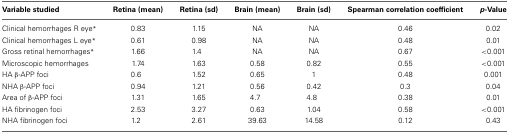
| Variable studied | Retina (mean) | Retina (sd) | Brain (mean) | Brain (sd) | Spearman correlation coefficient | p-Value |
 | --- | --- | --- | --- | --- | --- | --- |
 | Clinical hemorrhages R eye* | 0.83 | 1.15 | NA | NA | 0.46 | 0.02 |
 | Clinical hemorrhages L eye* | 0.61 | 0.98 | NA | NA | 0.48 | 0.01 |
 | Gross retinal hemorrhages* | 1.66 | 1.4 | NA | NA | 0.67 | <0.001 |
 | Microscopic hemorrhages | 1.74 | 1.63 | 0.58 | 0.82 | 0.55 | <0.001 |
 | HA β-APP foci | 0.6 | 1.52 | 0.65 | 1 | 0.48 | 0.001 |
 | NHA β-APP foci | 0.94 | 1.21 | 0.56 | 0.42 | 0.3 | 0.04 |
 | Area of β-APP foci | 1.31 | 1.65 | 4.7 | 4.8 | 0.38 | 0.01 |
 | HA fibrinogen foci | 2.53 | 3.27 | 0.63 | 1.04 | 0.58 | <0.001 |
 | NHA fibrinogen foci | 1.2 | 2.61 | 39.63 | 14.58 | 0.12 | 0.43 |